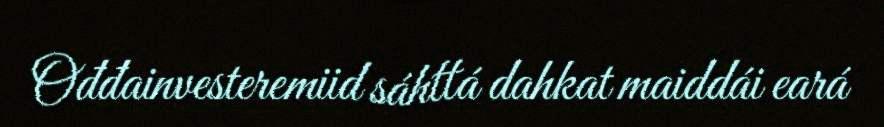
Ođđainvesteremiid sáhttá dahkat maiddái eará